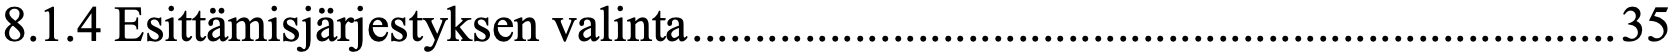
8.1.4 Esittämisjärjestyksen valinta .......................................................................... 35